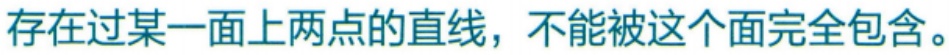
存在过某一面上两点的直线，不能被这个面完全包含。